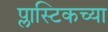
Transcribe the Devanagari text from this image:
प्लास्टिकच्या